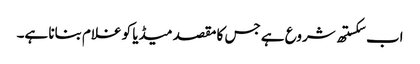
اب سکستھ شروع ہے جس کا مقصد میڈیا کو غلام بنانا ہے۔